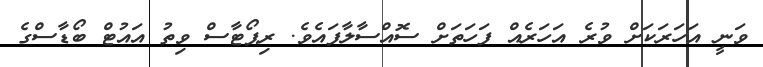
ވަނީ އަހަރަކަށް ވުރެ އަހަރެއް ފަހަތަށް ސޮއްސާލާފައެވެ. ރިޕޯޓާސް ވިތު އައުޓް ބޯޑާސްގެ